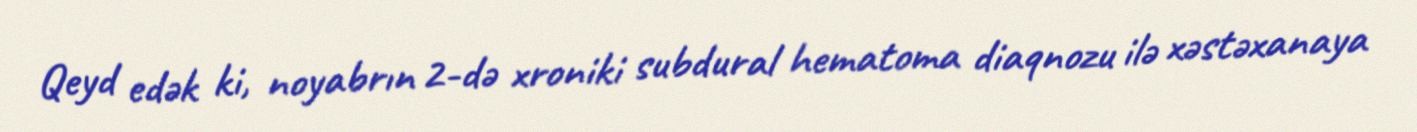
Qeyd edək ki, noyabrın 2-də xroniki subdural hematoma diaqnozu ilə xəstəxanaya